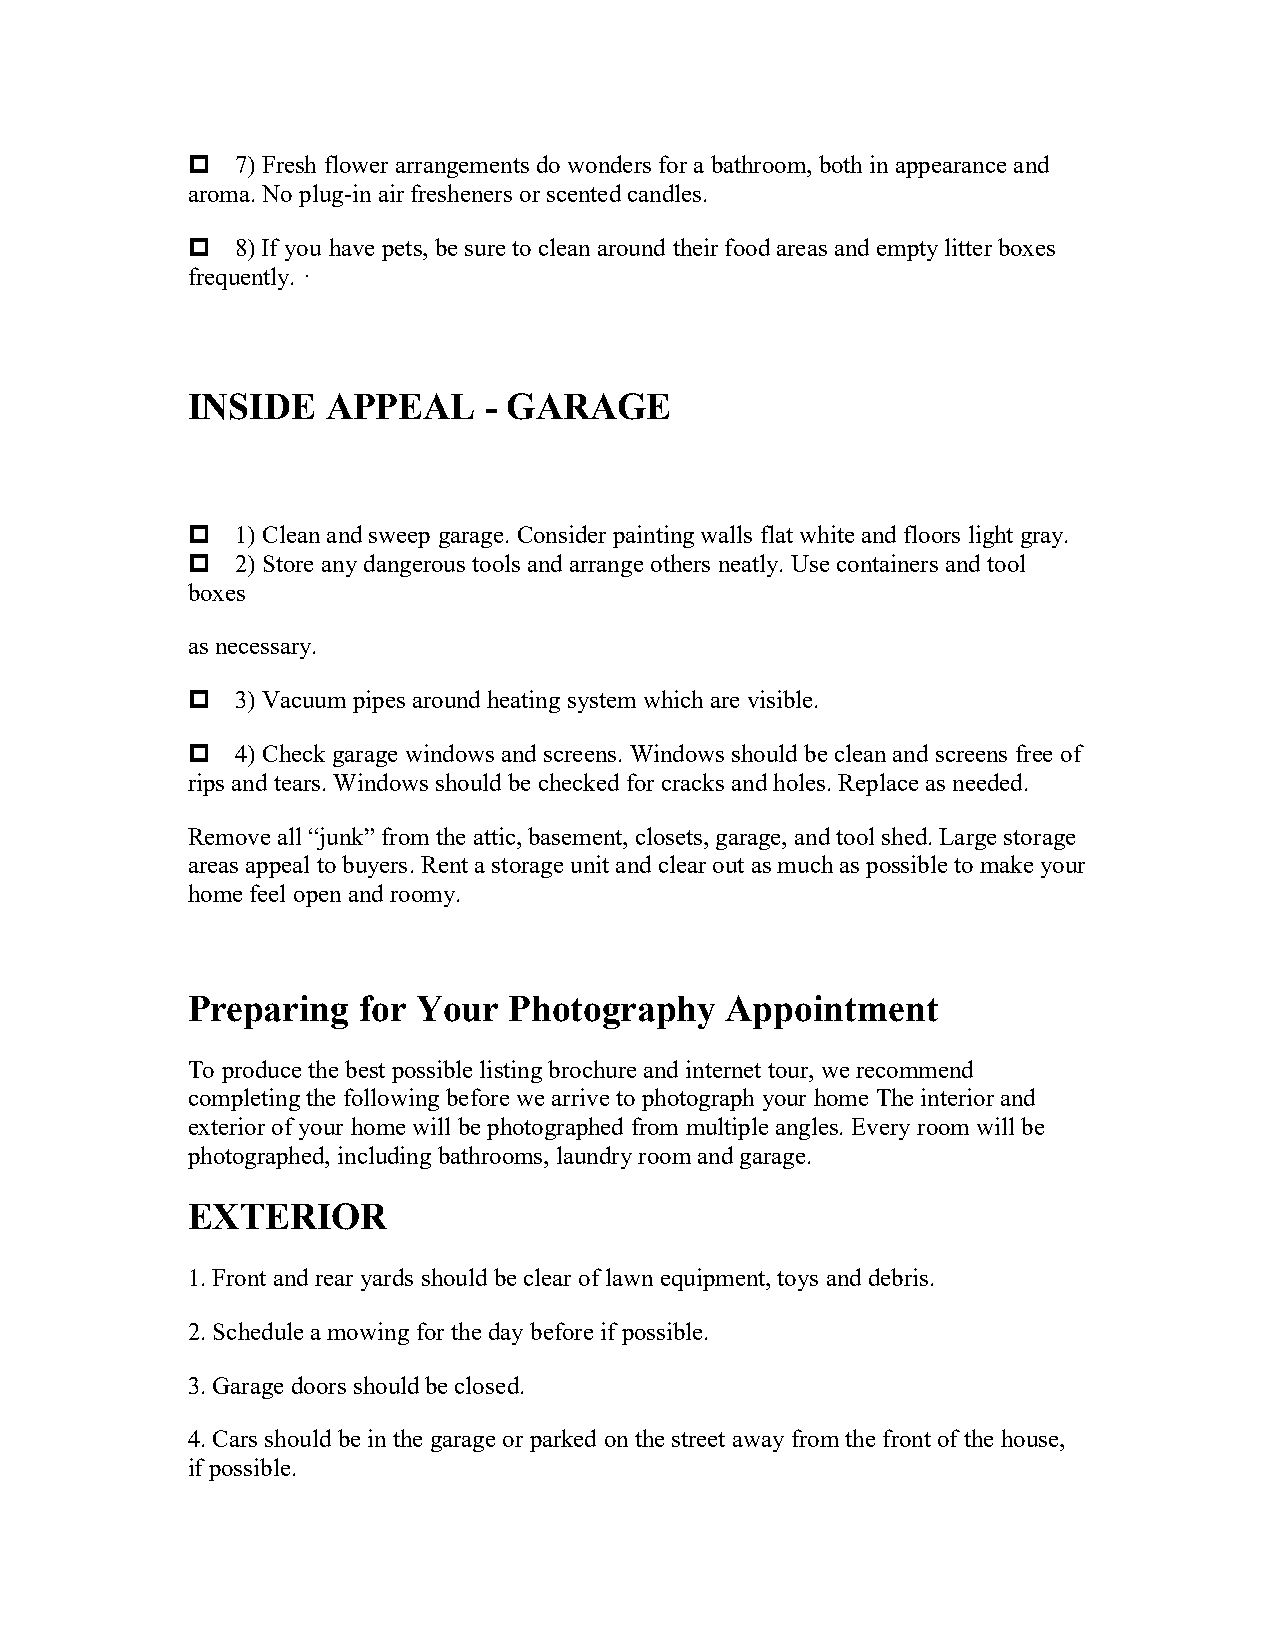
7) Fresh flower arrangements do wonders for a bathroom, both in appearance and
 aroma. No plug-in air fresheners or scented candles.
 8) If you have pets, be sure to clean around their food areas and empty litter boxes
 frequently. ·
 INSIDE    APPEAL    - GARAGE
 1) Clean and sweep garage. Consider painting walls flat white and floors light gray.
 2) Store any dangerous tools and arrange others neatly. Use containers and tool
 boxes
 as necessary.
 3) Vacuum pipes around heating system which are visible.
 4) Check garage windows and screens. Windows should be clean and screens free of
 rips and tears. Windows should be checked for cracks and holes. Replace as needed.
 Remove all “junk” from the attic, basement, closets, garage, and tool shed. Large storage
 areas appeal to buyers. Rent a storage unit and clear out as much as possible to make your
 home feel open and roomy.
 Preparing   for Your  Photography   Appointment
 To produce the best possible listing brochure and internet tour, we recommend
 completing the following before we arrive to photograph your home The interior and
 exterior of your home will be photographed from multiple angles. Every room will be
 photographed, including bathrooms, laundry room and garage.
 EXTERIOR
 1. Front and rear yards should be clear of lawn equipment, toys and debris.
 2. Schedule a mowing for the day before if possible.
 3. Garage doors should be closed.
 4. Cars should be in the garage or parked on the street away from the front of the house,
 if possible.